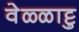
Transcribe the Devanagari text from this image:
वेळ्ळाट्टु